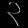
Digit: ၃